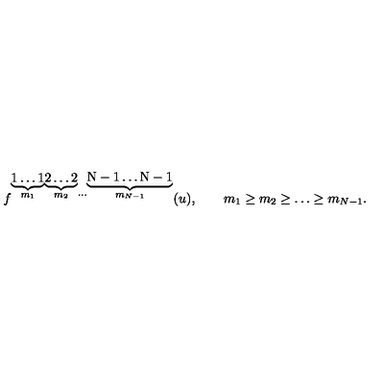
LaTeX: f ^ { \stackrel { \underbrace { \mathrm { \scriptsize 1 \ldots 1 } } } { m _ { 1 } } \stackrel { \underbrace { \mathrm { \scriptsize 2 \ldots 2 } } } { m _ { 2 } } \cdots \stackrel { \underbrace { \mathrm { \scriptsize N - 1 \ldots N - 1 } } } { m _ { N - 1 } } } ( u ) , \qquad { m _ { 1 } \geq m _ { 2 } \geq \ldots \geq m _ { N - 1 } } .